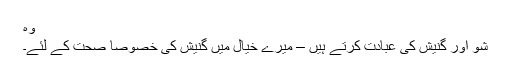
وہ
شو اور گنیش کی عبادت کرتے ہیں – میرے خیال میں گنیش کی خصوصاً صحت کے لئے۔